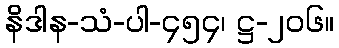
နိဒါန-သံ-ပါ-၄၅၄၊ ဋ္ဌ-၂၀၆။